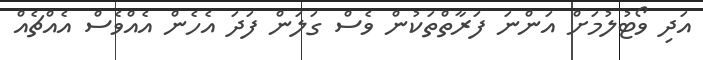
އަދި ވޯޓުލުމަށް އަންނަ ފަރާތްތަކުން ވެސް ގަލަން ފަދަ އެހެން އެއްވެސް އެއްޗެއް